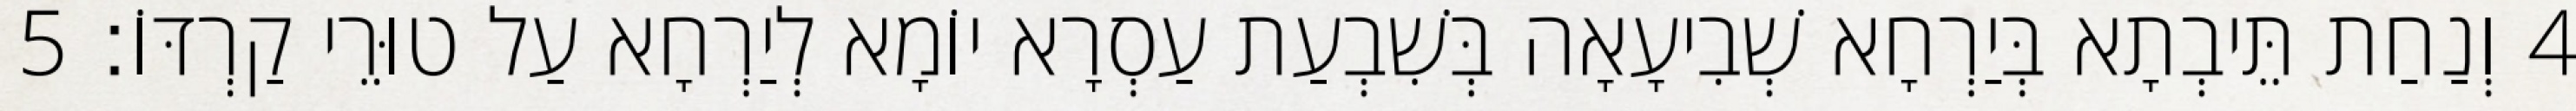
4 וְנַחַת תֵּיבְתָא בְּיַרְחָא שְׁבִיעָאָה בְּשִׁבְעַת עַסְרָא יוֹמָא לְיַרְחָא עַל טוּרֵי קַרְדּוֹ׃ 5